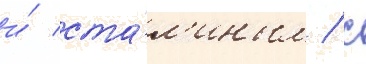
и́ ста́л'иным / с